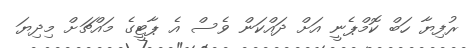
ރުފިޔާ ހަބް ކޮމްޕެނީ އަށް ދައްކަން ވެސް އެ ޕާޓީގެ މައްޗަށް މިދިޔަ